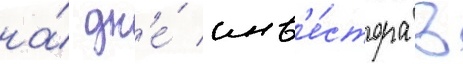
на́ дн'е́ инв'е́стора в